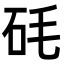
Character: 𥐽